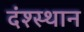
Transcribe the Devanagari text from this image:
दंश्स्थान